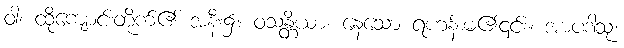
ဝါ၊ ထိုကျောင်းတိုက်၏ အနီး၌။ ဝသန္တိယာ၊ နေသော ရဟန်းမ၏၎င်း။ အာပဒါသု၊